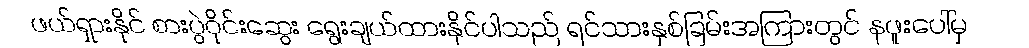
ဖယ်ရှားနိုင် စားပွဲဝိုင်းဆွေး ရွေးချယ်ထားနိုင်ပါသည် ရင်သားနှစ်ခြမ်းအကြားတွင် နဖူးပေါ်မှ